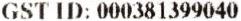
GST ID: 000381399040